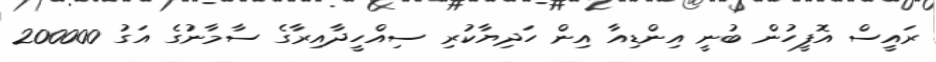
ރައީސް އޮފީހުން ބުނީ އިންޑިއާ އިން ހަދިޔާކުރި ސިއްހީދާއިރާގެ ސާމާނުގެ އަގު 200000